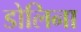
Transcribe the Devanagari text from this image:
डोलिना